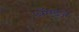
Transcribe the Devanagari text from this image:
ॲण्डूज